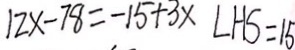
1 2 x - 7 8 = - 1 5 + 3 x L H S = 1 5